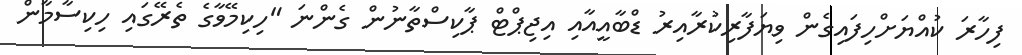
ފިހާރަ ކުއްޔަށްހިފައިގެން ވިޔަފާރިކުރާއިރު ޑްބާއީއާއި އިޖިޕްޓް ޕާކިސްތާނުން ގެންނަ "ހިކިމޭވާގެ ތެރޭގައި ހިކިސާމާން